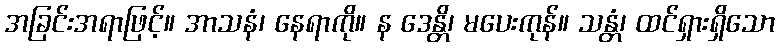
အခြင်းအရာဖြင့်။ အာသနံ၊ နေရာကို။ န ဒေန္တိ၊ မပေးကုန်။ သန္တံ၊ ထင်ရှားရှိသော